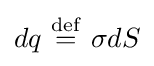
dq\ {\stackrel {\mathrm {def} }{=}}\ \sigma dS